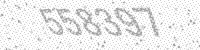
Solution: 558397